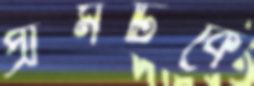
প্রামটিকে